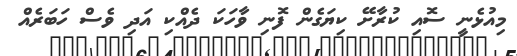
މިއުޅެނީ ސޮއި ކުރާށޭ ކިޔަގެން ފޮނި ވާހަކަ ދެއްކި އަދި ވެސް ހަބަރެއް